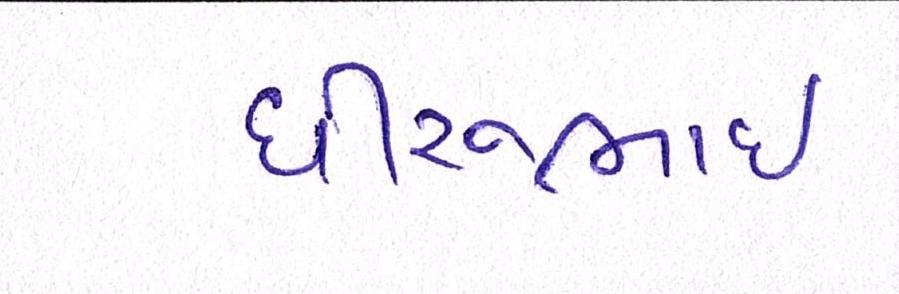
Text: ધીરુભાઇ